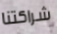
شراكتنا